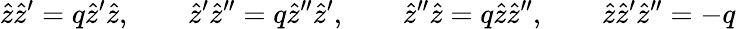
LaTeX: \widehat{z}\widehat{z}^{\prime}=q\widehat{z}^{\prime}\widehat{z},\qquad\widehat{z}^{\prime}\widehat{z}^{\prime\prime}=q\widehat{z}^{\prime\prime}\widehat{z}^{\prime},\qquad\widehat{z}^{\prime\prime}\widehat{z}=q\widehat{z}\widehat{z}^{\prime\prime},\qquad\widehat{z}\widehat{z}^{\prime}\widehat{z}^{\prime\prime}=-q